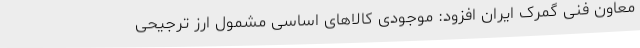
معاون فنی گمرک ایران افزود: موجودی کالاهای اساسی مشمول ارز ترجیحی